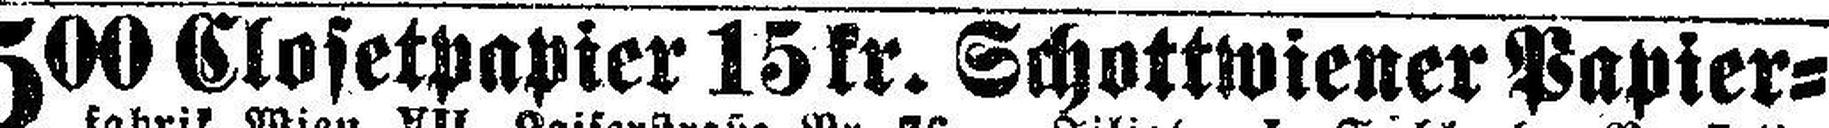
500 Closetpapier 15kr. Schottwiener Papier¬